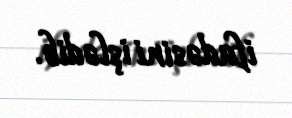
ifadəsini işlədib.